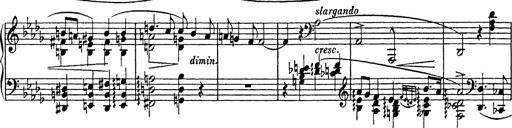
Title: Consolations
Composer: Franz Liszt